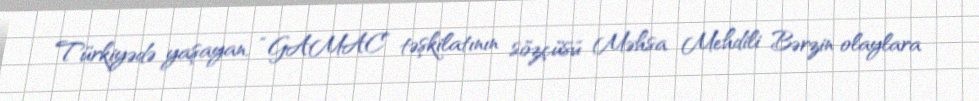
Türkiyədə yaşayan, “GAMAC” təşkilatının sözçüsü Məhsa Mehdili Bərzin olaylara